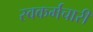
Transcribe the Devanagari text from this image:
स्वकर्मचारी